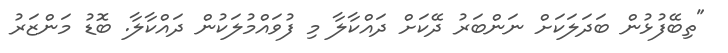
"ތިބޭފުޅުން ބަދަލަކަށް ނަންބަރު ދޭކަށް ދައްކާލާ މި ފުވައްމުލަކުން ދައްކާލާ. ބޮޑު މަންޒަރު